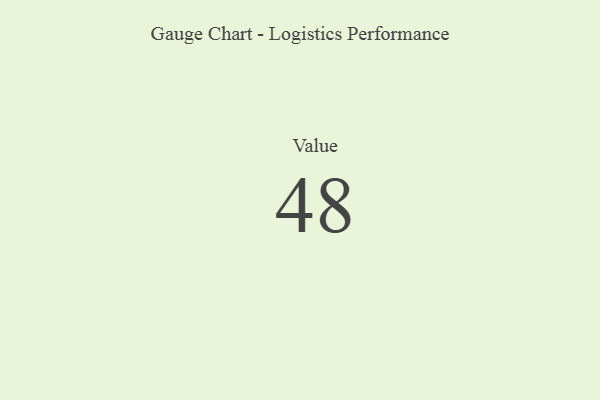
{"axis": {"x": "Metric", "y": "Value"}, "legend": [""], "data": [{"x": "Value", "y": 48, "type": ""}]}